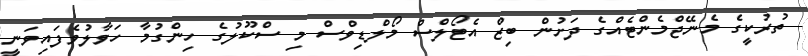
ތުރުކީގެ މެނޭޖްމެންޓެއްގެ ދަށުން ބިޒް އެޓޯލްސް މޯލްޑިވްސް މި ސްކޫލުގެ ހިންގުމާ ހަވާލުވެފައިވަނީ